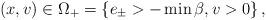
LaTeX: \begin{align*}\left( x,v\right) \in\Omega_{+}=\left\{ e_{\pm}>-\min\beta,v>0\right\},\end{align*}